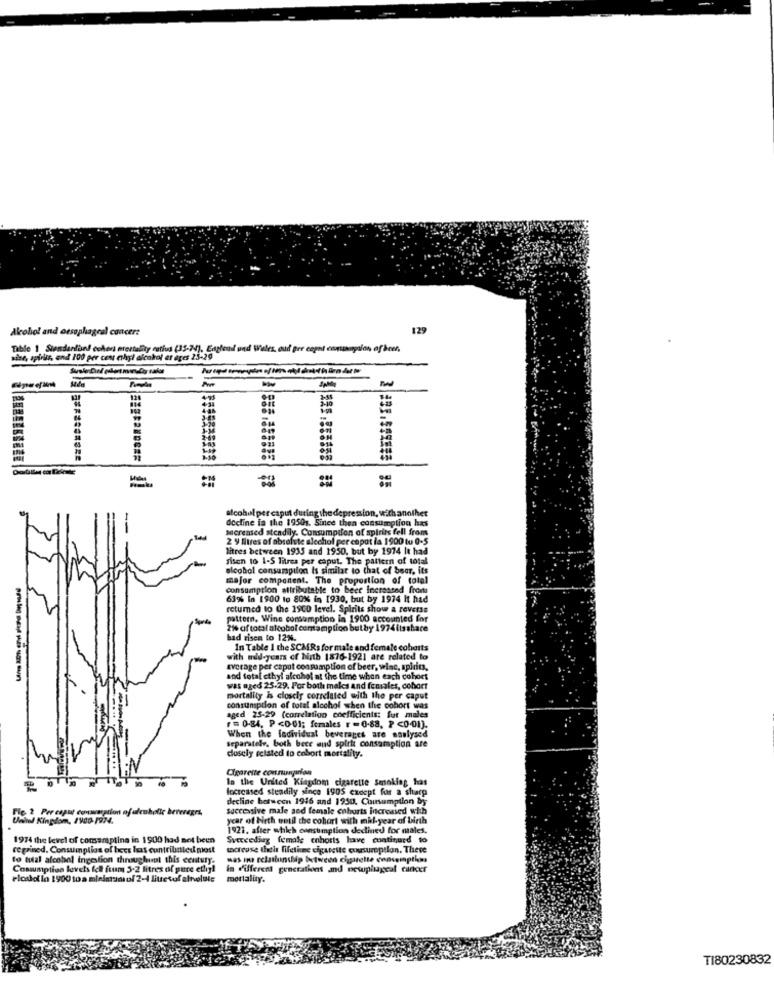
Alcohol and oesophageal cancer:
129
Table 1 Stendardinf cehert erertality ratios (35-74), Esplend und Wales, oud ger capot consumption of beer,
adar, spirisr, end 100 per cent ethyl alcohol et ages 25-29
alcohol per caput during the depression, with another
decline is the 19501. Since then consumption has
morensed steadily. Consumption of spirits fell from
2 9 litres of absolute alechol per cepat la 1900 tu 0-5
litres between 1935 and 1950, but by 1974 It had
sisen to 1-5 litres per caput. The pattern of total
alcohol consumption is similar to that of beer, its
major component. The proportion of total
consumption attributable to beer increased from
63% In 1900 to 80% in 1930, but by 1974 It had
retumed to the 1960 level. Spirits show a reverse
pattern. Wine consumption la 1900 accounted for
2%% af total alcobol comtamption butby 1974itsshare
bad risen to 12%.
In Table 1 the SCMRs for male and female cohorts
with udd-years of birth 1876-1921 are related to
verage per caput consumption of beer, wine, spirits,
and total cthyl alcohol at the time when each cohort
was aged 25.29. For both males and females, cohort
mortality is closely correlated with the per caput
consumption of total alochol when the cohort was
aged 25-29 (correlation coefficients: fur males
F= 0.84, P <001; females r = 0-88, P <0-01).
When the fadividust beverages are saulysed
Separatele, both bece and spirit consumption are
closely related to cobort mortality.
1
Cigarette consumarion
la the United Kingdom cigarette smoking has
Increased steadily since 1905 except for a sharp
decline botwcon 1946 and 1950, Consumption by
mmholic beverages,
successive male sed female cohorts increased wih
Unid Kingdom, 1900 1974.
year of birth wrotil the cohort with mil-year of birth
1921, after which consumption dedined for males.
1974 the level of comsampling in 1900 had not been
Sveceeding female enhosts have continued to
regained, Consumption of becs las cuntrilinied most
macreuse their lifetimee cigarette cousuroption. Theve
to tuzl alcohol ingestion throughupt this century.
mas no celaslunship between cigarette consumptim
Consumption levels ich frum 5.2 litres of pure ethyl
In different generations and newphageal cancer
Floudin 1900 toa minimumof 2-4 litresof alholute
mortality.
TI80230832